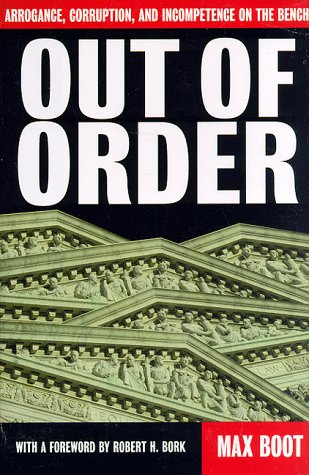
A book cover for Out Of Order: Arrogance, Corruption, And Incompetence On The Bench; Max Boot; Law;